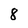
Character: 8